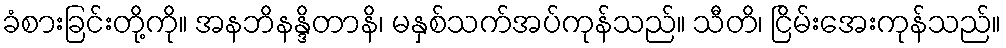
ခံစားခြင်းတို့ကို။ အနဘိနန္ဒိတာနိ၊ မနှစ်သက်အပ်ကုန်သည်။ သီတိ၊ ငြိမ်းအေးကုန်သည်။